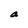
Character: a